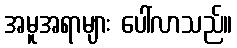
အမူအရာများ ပေါ်လာသည်။